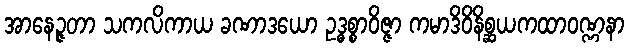
အာနေဉ္ဇတာ သကလိကာယ ခဏာဒယော ဥဒ္ဓစ္စာဝိဇ္ဇာ ကမာဒိဝိနိစ္ဆယကထာဝဏ္ဏနာ